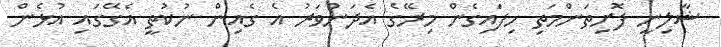
ޝާލިނީ ފޮށިތަންމަތި ހިފައިގެން މިރޭގެ އެދަންވަރު އެ ގެއިން ނުކުތީ އެގޭގައި އުޅެން